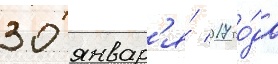
30 январ'я́ 2017 го́да